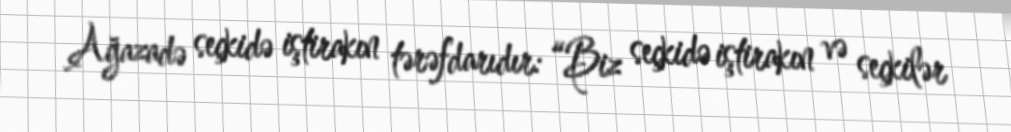
Ağazadə seçkidə iştirakın tərəfdarıdır: “Biz seçkidə iştirakın və seçkilər